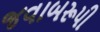
જવાબરૂપી